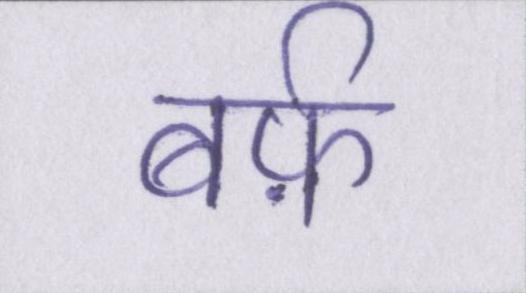
बर्फ़